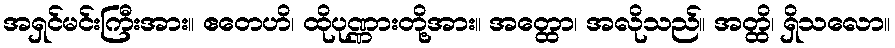
အရှင်မင်းကြီးအား။ ဧတေဟိ၊ ထိုပုဏ္ဏားတို့အား။ အတ္ထော၊ အလိုသည်။ အတ္ထိ၊ ရှိသလော။